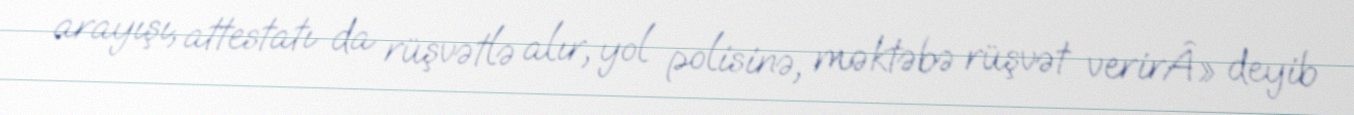
arayışı, attestatı da rüşvətlə alır, yol polisinə, məktəbə rüşvət verirÂ» deyib